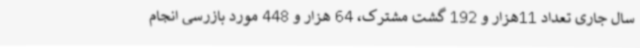
سال جاری تعداد 11هزار و 192 گشت مشترک، 64 هزار و 448 مورد بازرسی انجام